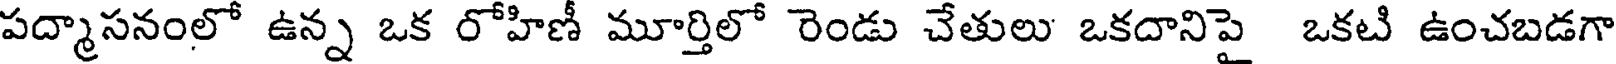
పద్మాసనంలో ఉన్న ఒక రోహిణీ మూర్తిలో రెండు చేతులు ఒకదానిపై ఒకటి ఉంచబడగా